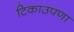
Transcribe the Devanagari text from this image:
टिकाउपणा